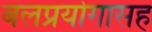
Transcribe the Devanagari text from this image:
बलप्रयोगासह